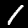
Digit: 1